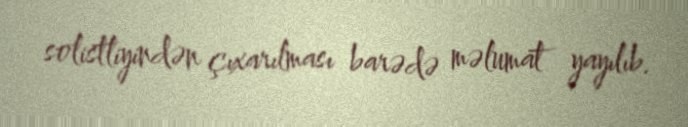
solistliyindən çıxarılması barədə məlumat yayılıb.